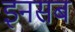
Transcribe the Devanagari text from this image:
इनसब